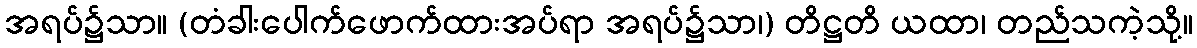
အရပ်၌သာ။ (တံခါးပေါက်ဖောက်ထားအပ်ရာ အရပ်၌သာ၊) တိဋ္ဌတိ ယထာ၊ တည်သကဲ့သို့။